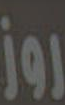
روز